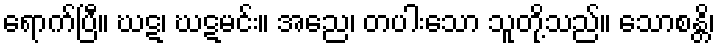
ရောက်ပြီ။ ဃဋ၊ ဃဋမင်း။ အညေ၊ တပါးသော သူတို့သည်။ သောစန္တိ၊